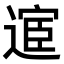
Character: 𫐸